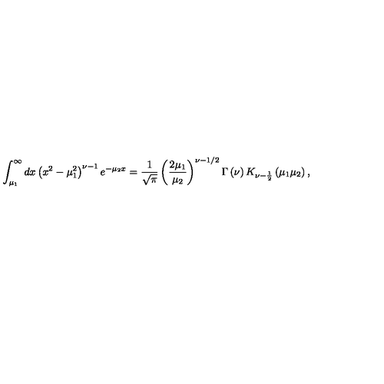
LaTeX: \int _ { \mu _ { 1 } } ^ { \infty } d x \left( x ^ { 2 } - \mu _ { 1 } ^ { 2 } \right) ^ { \nu - 1 } e ^ { - \mu _ { 2 } x } = \frac { 1 } { \sqrt { \pi } } \left( \frac { 2 \mu _ { 1 } } { \mu _ { 2 } } \right) ^ { \nu - 1 / 2 } \Gamma \left( \nu \right) K _ { \nu - \frac { 1 } { 2 } } \left( \mu _ { 1 } \mu _ { 2 } \right) ,